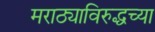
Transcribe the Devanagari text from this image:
मराठ्याविरुद्धच्या